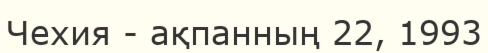
Чехия - ақпанның 22, 1993